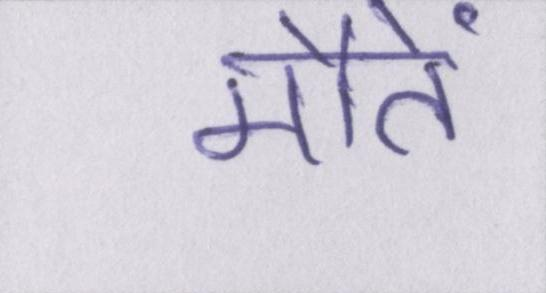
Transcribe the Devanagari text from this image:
मौतें